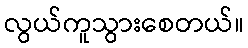
လွယ်ကူသွားစေတယ်။